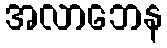
အလာဘေန